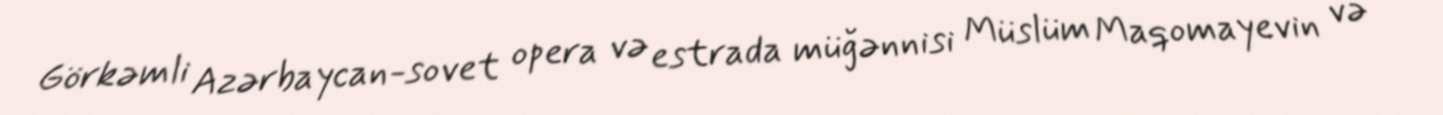
Görkəmli Azərbaycan-sovet opera və estrada müğənnisi Müslüm Maqomayevin və